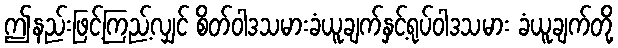
ဤနည်းဖြင့်ကြည့်လျှင် စိတ်ဝါဒသမားခံယူချက်နှင့်ရုပ်ဝါဒသမား ခံယူချက်တို့